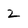
Character: 2